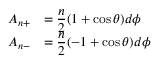
\begin{array} { c l } { { A _ { n + } } } & { { = { \displaystyle \frac { n } { 2 } } ( 1 + \cos \theta ) d \phi } } \\ { { A _ { n - } } } & { { = { \displaystyle \frac { n } { 2 } } ( - 1 + \cos \theta ) d \phi } } \end{array}